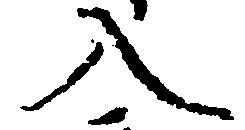
入